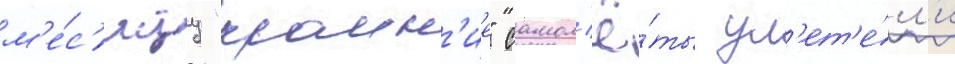
м'е́с'яцу "краин'ие" самол'ё́ты ул'ет'е́л'и